King Institute of Preventive Medicine Micro-Biological Section reports 1912-19
Year: 1912
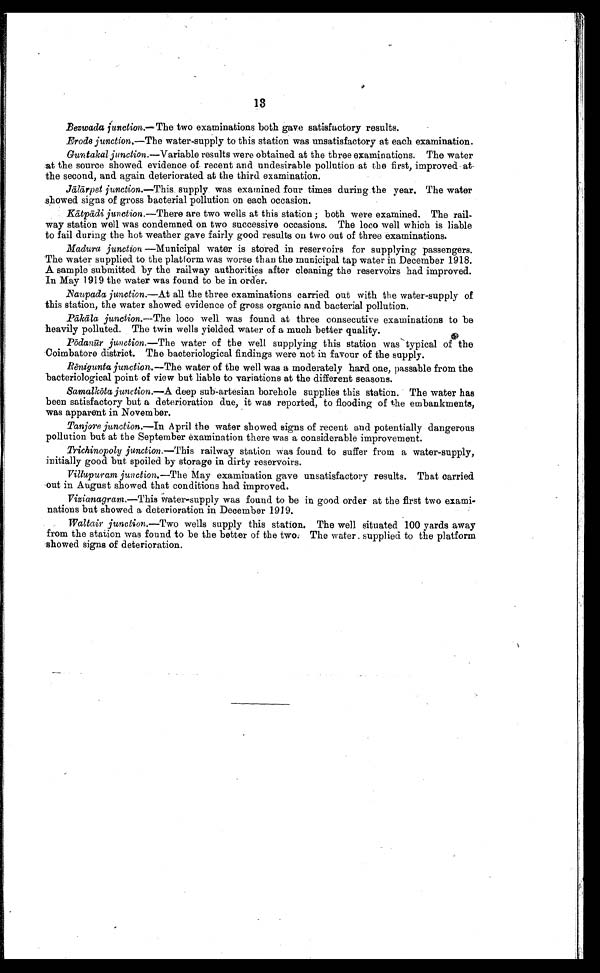
13
Bezwada junction .—The two examinations both gave satisfactory results.
Erode junction .–—The water-supply to this station was unsatisfactory at each examination.
Guntakal junction .—Variable results were obtained at the three examinations. The water
at the source showed evidence of recent and undesirable pollution at the first, improved at
the second, and again deteriorated at the third examination.
Jālārpet junction .—This supply was examined four times during the year. The water
.showed signs of gross bacterial pollution on each occasion.
Kā
tpādi junction .—There are two wells at this station ; both were examined. The rail-
way station well was condemned on two successive occasions. The loco well which is liable
to fail during the hot weather gave fairly good results on two out of three examinations.
Madura junction —Municipal water is stored in reservoirs for supplying passengers.
The water supplied to the platform was worse than the municipal tap water in December 1918.
A sample submitted by the railway authorities after cleaning the reservoirs had improved.
In May 1919 the water was found to be in order.
Naupada junction .—At all the three examinations carried out with the water-supply of
this station, the water showed evidence of gross organic and bacterial pollution.
Pākāla junction.—The loco well was found at three consecutive examinations to be
heavily polluted. The twin wells yielded water of a much better quality.
Pōdanūr junction. —The water of the well supplying this station was typical of the
Coimbatore district. The bacteriological findings were not in favour of the supply.
Rēnigunta junction .—The water of the well was a moderately hard one, passable from the
bacteriological point of view but liable to variations at the different seasons.
Samalkōta junction .—A deep sub-artesian borehole supplies this station. The water has
been satisfactory but a deterioration due, it was reported, to flooding of the embankments,
was apparent in November.
Tanjore junction .—In April the water showed signs of recent and potentially dangerous
pollution but at the September examination there was a considerable improvement.
Trichinopoly junction .—This railway station was found to suffer from a water-supply,
initially good but spoiled by storage in dirty reservoirs.
Villupuram junction.—The May examination gave unsatisfactory results. That carried
out in August showed that conditions had improved.
Vizianagram.—This water-supply was found to be in good order at the first two exami-
nations but showed a deterioration in December 1919.
Waltair junction .—Two wells supply this station. The well situated 100 yards away
from the station was found to be the better of the two. The water supplied to the platform
showed signs of deterioration.